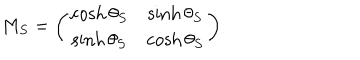
M _ { S } = \left( \begin{matrix} { { \cosh \theta _ { S } } } & { { \sinh \theta _ { S } } } \\ { { \sinh \theta _ { S } } } & { { \cosh \theta _ { S } } } \\ \end{matrix} \right)